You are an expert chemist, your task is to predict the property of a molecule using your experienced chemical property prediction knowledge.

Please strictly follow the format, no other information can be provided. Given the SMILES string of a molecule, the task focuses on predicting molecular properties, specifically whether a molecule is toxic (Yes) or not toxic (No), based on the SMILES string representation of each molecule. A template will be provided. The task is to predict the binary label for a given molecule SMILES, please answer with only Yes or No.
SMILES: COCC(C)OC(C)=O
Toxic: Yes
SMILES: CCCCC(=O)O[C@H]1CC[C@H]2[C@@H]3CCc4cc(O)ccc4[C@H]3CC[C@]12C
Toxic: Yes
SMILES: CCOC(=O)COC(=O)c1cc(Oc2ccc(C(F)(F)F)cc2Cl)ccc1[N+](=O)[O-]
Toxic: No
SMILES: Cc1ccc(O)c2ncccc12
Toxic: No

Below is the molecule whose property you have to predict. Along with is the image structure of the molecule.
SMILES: CCc1ccc(CC)cc1
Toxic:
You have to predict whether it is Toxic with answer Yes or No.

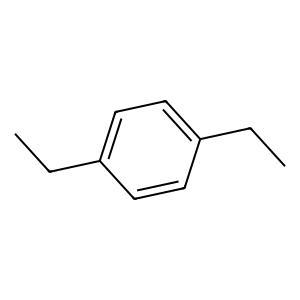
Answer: No